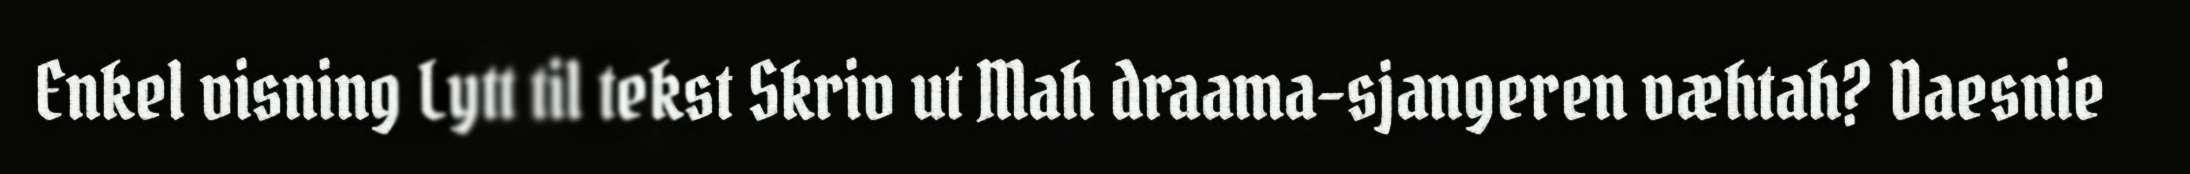
Enkel visning Lytt til tekst Skriv ut Mah draama-sjangeren væhtah? Daesnie